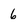
Character: 6